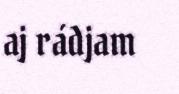
aj rádjam